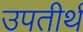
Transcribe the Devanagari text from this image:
उपतीर्थ